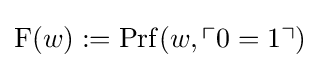
\mathrm {F} (w):=\mathrm {Prf} (w,\ulcorner 0=1\urcorner )